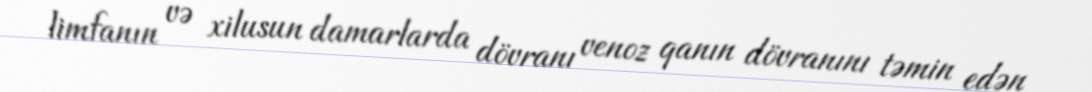
limfanın və xilusun damarlarda dövranı venoz qanın dövranını təmin edən